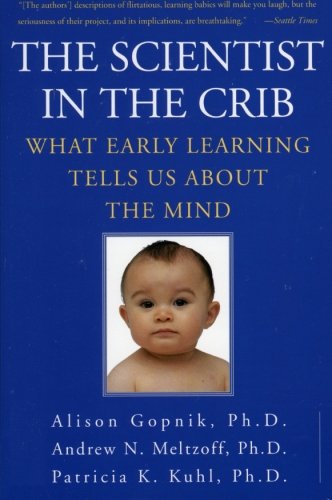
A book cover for The Scientist in the Crib: What Early Learning Tells Us About the Mind; Alison Gopnik; Medical Books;